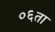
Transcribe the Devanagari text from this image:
०६ता